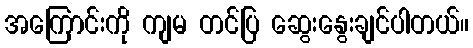
အကြောင်းကို ကျမ တင်ပြ ဆွေးနွေးချင်ပါတယ်။